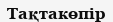
Тақтакөпір